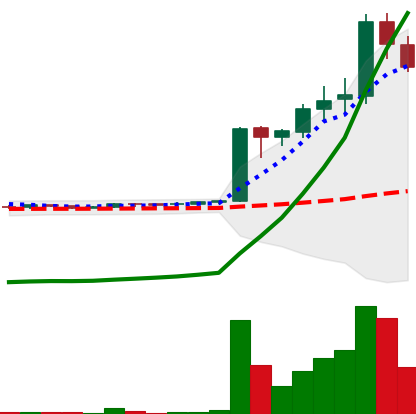
Ticker: LTC-USD
Chart end date: 2017-04-07
Forward return: 15.089%
Label: up_7plus